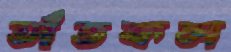
তাঁতকল